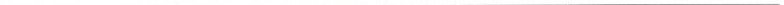
___